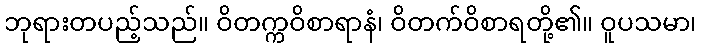
ဘုရားတပည့်သည်။ ဝိတက္ကဝိစာရာနံ၊ ဝိတက်ဝိစာရတို့၏။ ဝူပသမာ၊